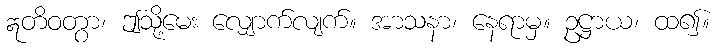
ဣတိဝတွာ၊ ဤသို့မေး လျှောက်လျက်။ အာသနာ၊ နေရာမှ။ ဥဋ္ဌာယ၊ ထ၍။